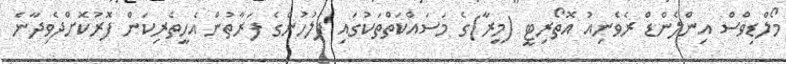
މޯލްޑިވްސް އިންލެންޑް ރެވެނިއު އޮތޯރިޓީ (މީރާ)ގެ މަސައްކަތްތަކުގައި ފުލުހުންގެ ފަރާތުުން އެހީތެރިކަން ފޮރުކޮށްދެވިދާނެ